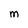
Character: M